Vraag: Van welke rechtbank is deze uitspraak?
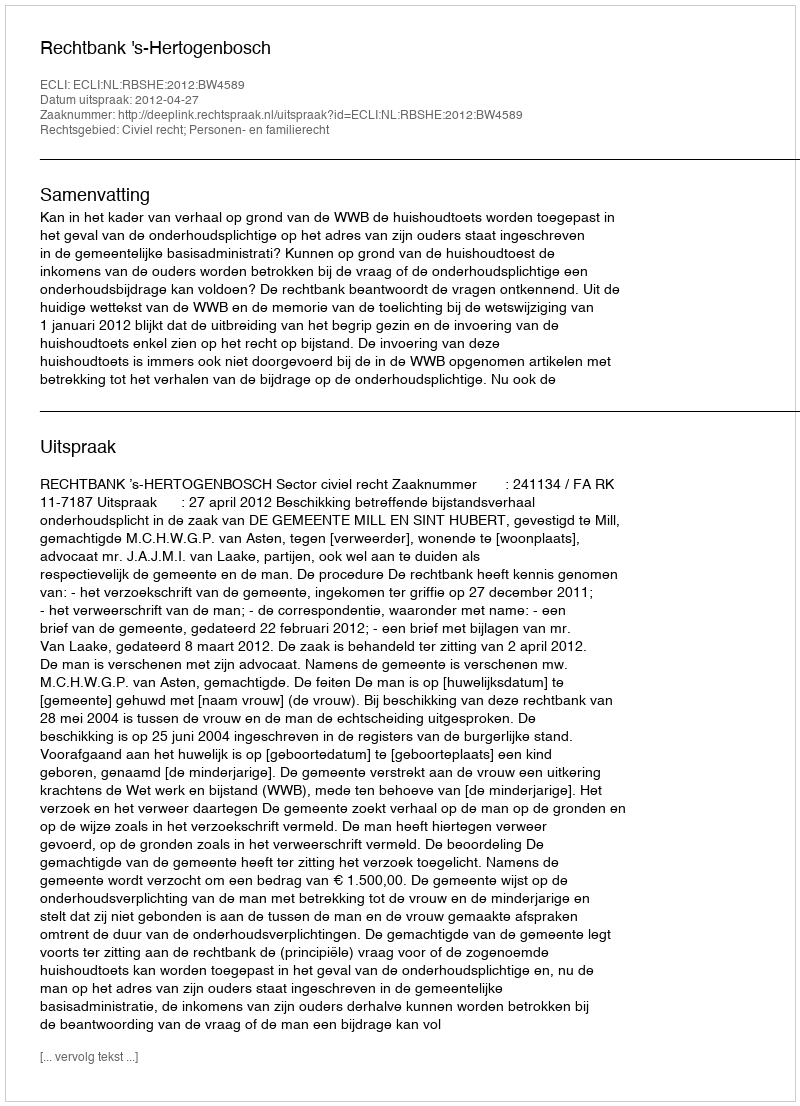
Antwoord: Rechtbank 's-Hertogenbosch